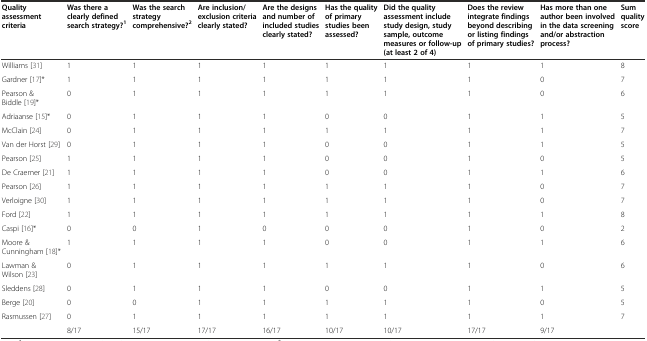
| Quality assessment criteria | Was there a clearly defined search strategy?1 | Was the search strategy comprehensive?2 | Are inclusion/ exclusion criteria clearly stated? | Are the designs and number of included studies clearly stated? | Has the quality of primary studies been assessed? | Did the quality assessment include study design, study sample, outcome measures or follow-up (at least 2 of 4) | Does the review integrate findings beyond describing or listing findings of primary studies? | Has more than one author been involved in the data screening and/or abstraction process? | Sum quality score |
 | --- | --- | --- | --- | --- | --- | --- | --- | --- | --- |
 | Williams [31] | 1 | 1 | 1 | 1 | 1 | 1 | 1 | 1 | 8 |
 | Gardner [17]* | 1 | 1 | 1 | 1 | 1 | 1 | 1 | 0 | 7 |
 | Pearson & Biddle [19]* | 0 | 1 | 1 | 1 | 1 | 1 | 1 | 0 | 6 |
 | Adriaanse [15]* | 0 | 1 | 1 | 1 | 0 | 0 | 1 | 1 | 5 |
 | McClain [24] | 0 | 1 | 1 | 1 | 1 | 1 | 1 | 1 | 7 |
 | Van der Horst [29] | 0 | 1 | 1 | 1 | 0 | 0 | 1 | 1 | 5 |
 | Pearson [25] | 1 | 1 | 1 | 1 | 0 | 0 | 1 | 0 | 5 |
 | De Craemer [21] | 1 | 1 | 1 | 1 | 0 | 0 | 1 | 1 | 6 |
 | Pearson [26] | 1 | 1 | 1 | 1 | 1 | 1 | 1 | 0 | 7 |
 | Verloigne [30] | 1 | 1 | 1 | 1 | 1 | 1 | 1 | 0 | 7 |
 | Ford [22] | 1 | 1 | 1 | 1 | 1 | 1 | 1 | 1 | 8 |
 | Caspi [16]* | 0 | 0 | 1 | 0 | 0 | 0 | 1 | 0 | 2 |
 | Moore & Cunningham [18]* | 1 | 1 | 1 | 1 | 0 | 0 | 1 | 1 | 6 |
 | Lawman & Wilson [23] | 0 | 1 | 1 | 1 | 1 | 1 | 1 | 0 | 6 |
 | Sleddens [28] | 0 | 1 | 1 | 1 | 0 | 0 | 1 | 1 | 5 |
 | Berge [20] | 0 | 0 | 1 | 1 | 1 | 1 | 1 | 0 | 5 |
 | Rasmussen [27] | 0 | 1 | 1 | 1 | 1 | 1 | 1 | 1 | 7 |
 |  | 8/17 | 15/17 | 17/17 | 16/17 | 10/17 | 10/17 | 17/17 | 9/17 |  |